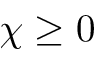
\chi \geq 0